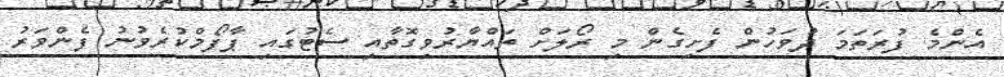
އެންމެ ފުރަތަމަ ދުވަހުން ފެށިގެން މި ރޯލަށް ތައްޔާރުވިގޮތާއި ސެޓުގައި ޕާފޯމްކުރެވުނު ފެންވަރު